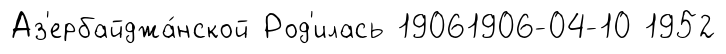
Аз'ербайджа́нской Род'илась 19061906-04-10 1952